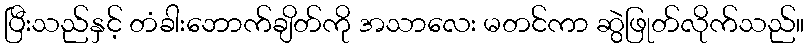
ပြီးသည်နှင့် တံခါးဘောက်ချိတ်ကို အသာလေး မတင်ကာ ဆွဲဖြုတ်လိုက်သည်။